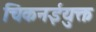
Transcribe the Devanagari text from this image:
चिकनईयुक्त